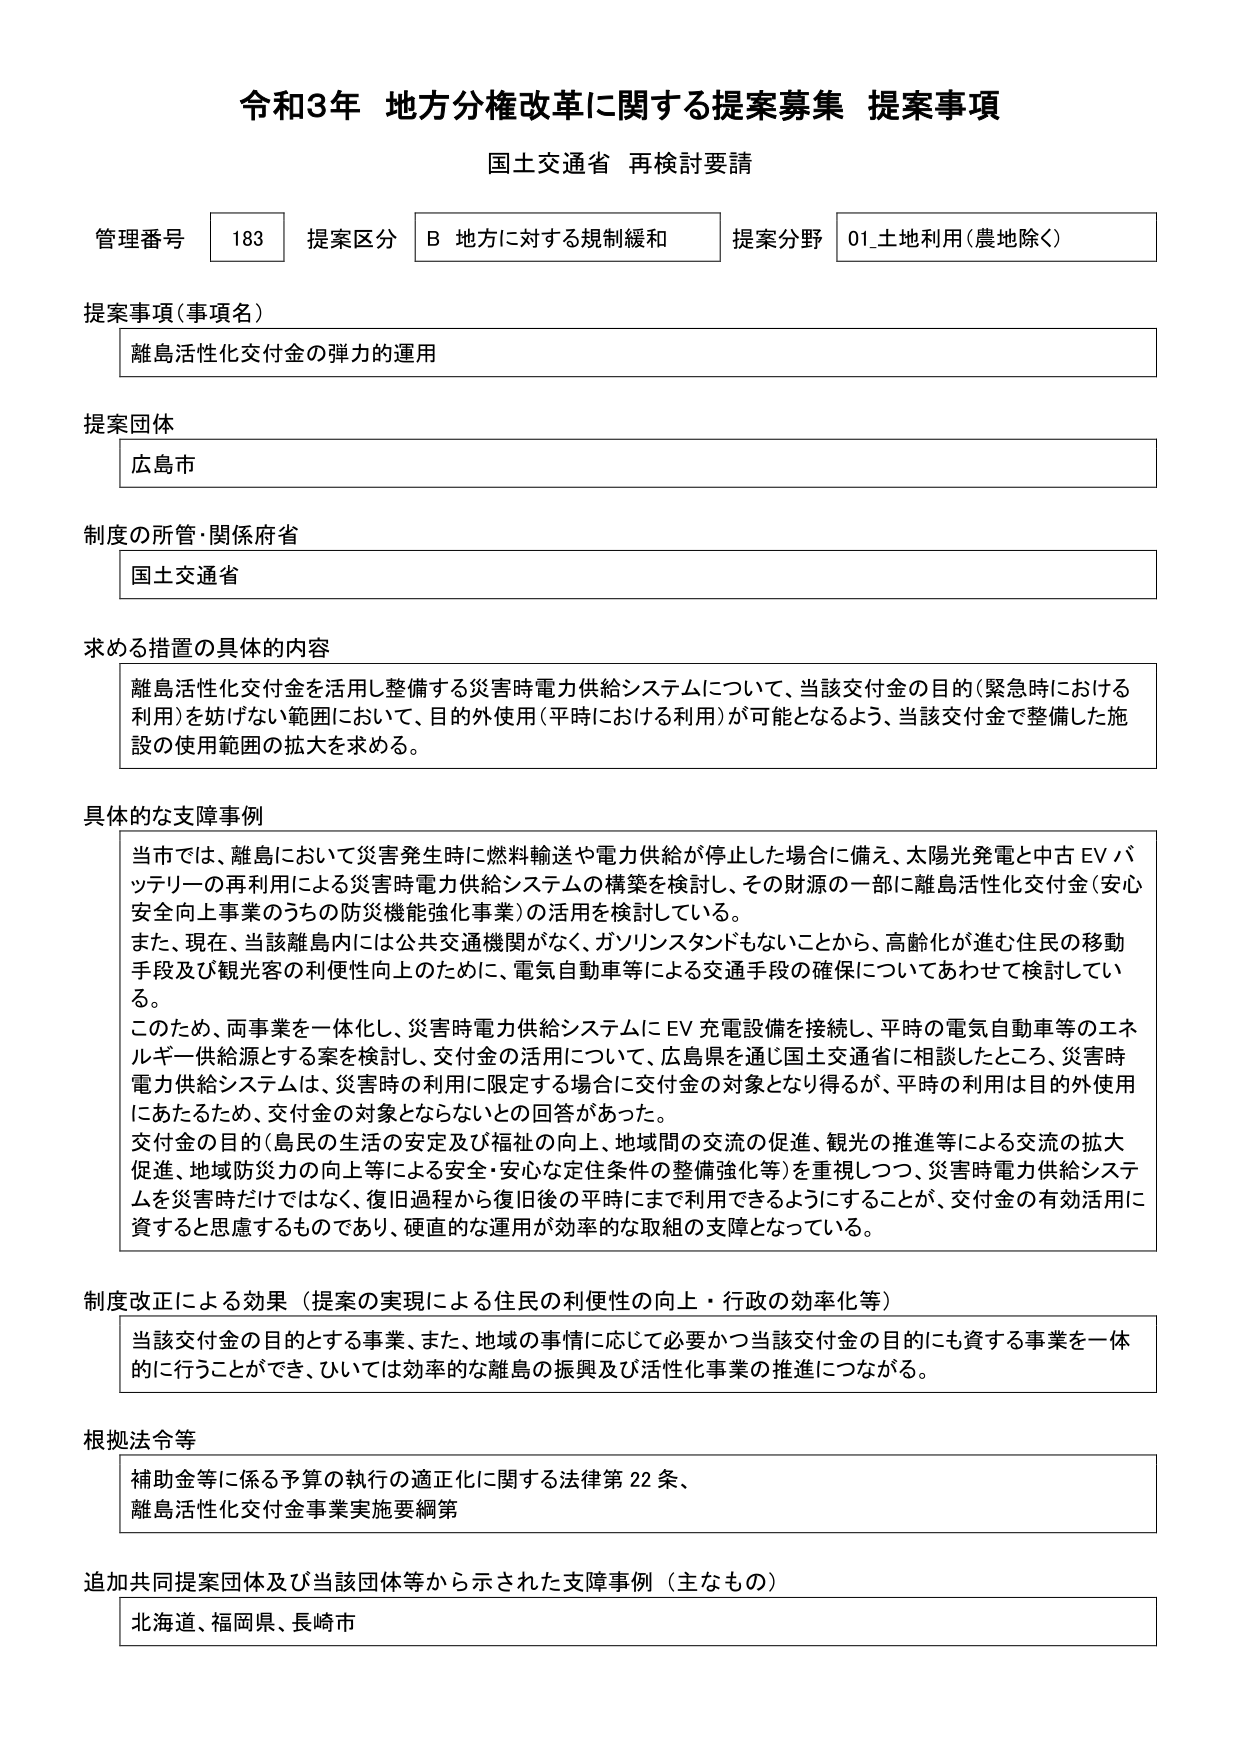
令和3年 地方分権改革に関する提案募集 提案事項
国土交通省 再検討要請

管理番号 183 提案区分 B 地方に対する規制緩和 提案分野 01_土地利用（農地除く）

提案事項（事項名）
離島活性化交付金の弾力的運用

提案団体
広島市

制度の所管・関係府省
国土交通省

求める措置の具体的内容
離島活性化交付金を活用し整備する災害時電力供給システムについて、当該交付金の目的（緊急時における利用）を妨げない範囲において、目的外使用（平時における利用）が可能となるよう、当該交付金で整備した施設の使用範囲の拡大を求める。

具体的な支援事例
当市では、離島において災害発生時に燃料輸送や電力供給が停止した場合に備え、太陽光発電と中古EVバッテリーの再利用による災害時電力供給システムの構築を検討し、その財源の一部に離島活性化交付金（安心安全向上事業のうちの防災機能強化事業）の活用を検討している。
また、現在、当該離島内には公共交通機関がなく、ガソリンスタンドもないことから、高齢化が進む住民の移動手段及び観光客の利便性向上のために、電気自動車等による交通手段の確保についてあわせて検討している。
このため、両事業を一体化し、災害時電力供給システムにEV充電設備を接続し、平時の電気自動車等のエネルギー供給源とする案を検討し、交付金の活用について、広島県を通じ国土交通省に相談したところ、災害時電力供給システムは、災害時の利用に限定する場合に交付金の対象となり得るが、平時の利用は目的外使用にあたるため、交付金の対象とならないとの回答があった。
交付金の目的（島民の生活の安定及び福祉の向上、地域間の交流の促進、観光の推進等による交流の拡大促進、地域防災力の向上等による安全・安心な定住条件の整備強化等）を重視しつつ、災害時電力供給システムを災害時だけではなく、復旧過程から復旧後の平時まで利用できるようにすることが、交付金の有効活用に資すると考慮するものであり、硬直的な運用が効率的な取組の支障となっている。

制度改正による効果（提案の実現による住民の利便性の向上・行政の効率化等）
当該交付金の目的とする事業、また、地域の事情に応じて必要かつ当該交付金の目的にも資する事業を一体的に行うことができ、ひいては効率的な離島の振興及び活性化事業の推進につながる。

根拠法令等
補助金等に係る予算の執行の適正化に関する法律第22条、
離島活性化交付金事業実施要綱第

追加共同提案団体及び当該団体等から示された支援事例（主なもの）
北海道、福岡県、長崎市